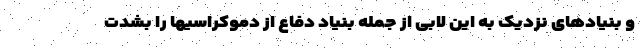
و بنیادهای نزدیک به این لابی از جمله بنیاد دفاع از دموکراسیها را بشدت